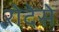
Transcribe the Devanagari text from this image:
रोदेसे